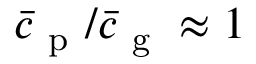
\bar { c } _ { \mathrm { ~ p ~ } } / \bar { c } _ { \mathrm { ~ g ~ } } \approx 1